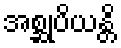
အစ္ဆုပိယန္တိ